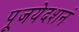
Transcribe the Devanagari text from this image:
पूजयेदशनं